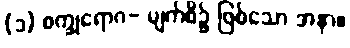
(၁) စက္ခုရောဂ- မျက်စိ၌ ဖြစ်သော အနာ။